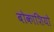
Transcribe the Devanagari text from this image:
बोकाशियो